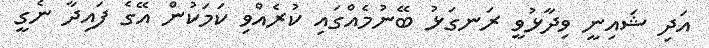
އަދި ޝައިނީ ވިދާޅުވީ ރަނގަޅު ބޭނުމެއްގައި ކުރެއްވި ކަމަކުން އޭގެ ފައިދާ ނެގީ